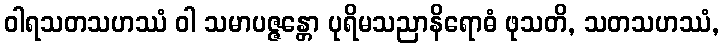
ဝါရသတသဟဿံ ဝါ သမာပဇ္ဇန္တော ပုရိမသညာနိရောဓံ ဖုသတိ, သတသဟဿံ,